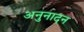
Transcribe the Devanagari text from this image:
अनुनादन